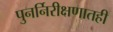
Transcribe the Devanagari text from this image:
पुनर्निरीक्षणातही